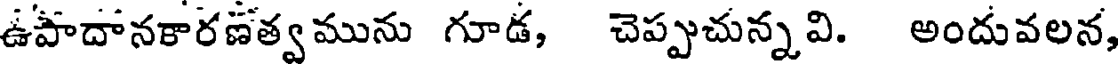
ఉపాదానకారణత్వమును గూడ, చెప్పుచున్నవి. అందువలన,